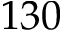
1 3 0